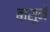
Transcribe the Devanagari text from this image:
बासूने